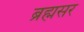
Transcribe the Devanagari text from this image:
ब्रह्मसर